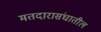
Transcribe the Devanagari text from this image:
मतदारासंघातील